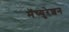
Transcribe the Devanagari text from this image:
मॅच्युरेशन